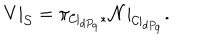
V | _ { { \cal S } } = \pi _ { { \cal C } | _ { d P _ { 9 } } * } { \cal N } | _ { { \cal { C } } | _ { d P _ { 9 } } } .